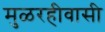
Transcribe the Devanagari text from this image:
मुळरहीवासी